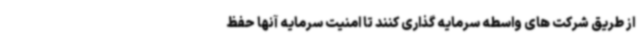
از طریق شرکت های واسطه سرمایه گذاری کنند تا امنیت سرمایه آنها حفظ